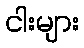
ငါးများ